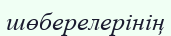
шөберелерінің